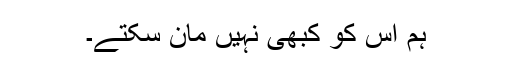
ہم اس کو کبھی نہیں مان سکتے۔